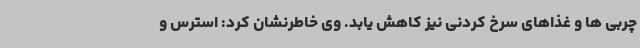
چربی ها و غذاهای سرخ کردنی نیز کاهش یابد. وی خاطرنشان کرد: استرس و